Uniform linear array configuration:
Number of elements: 8
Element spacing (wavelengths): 1
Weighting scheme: kaiser
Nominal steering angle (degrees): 45
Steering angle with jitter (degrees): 44.73
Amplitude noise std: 0.05
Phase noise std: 0.05

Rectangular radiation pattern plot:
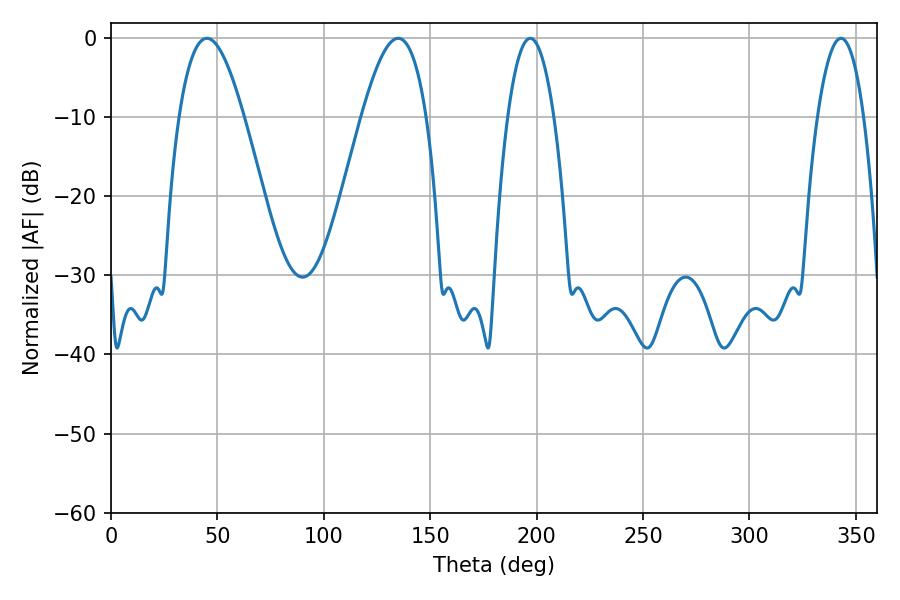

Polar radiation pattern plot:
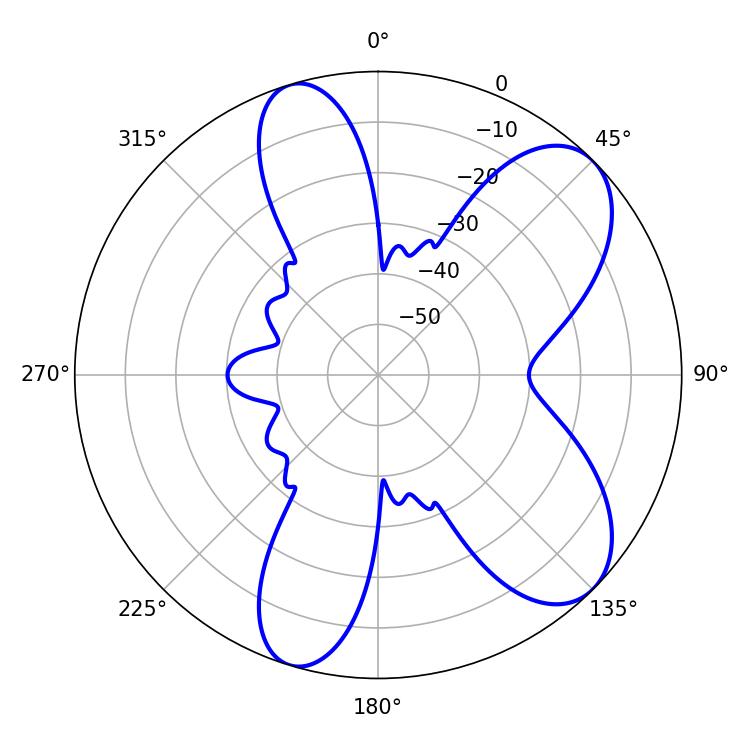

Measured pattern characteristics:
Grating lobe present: TRUE
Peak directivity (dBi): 7.976
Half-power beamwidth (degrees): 16.56
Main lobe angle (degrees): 45